Leaving Certificate Examination (including Day School Certificate (Higher) General paper), 1933
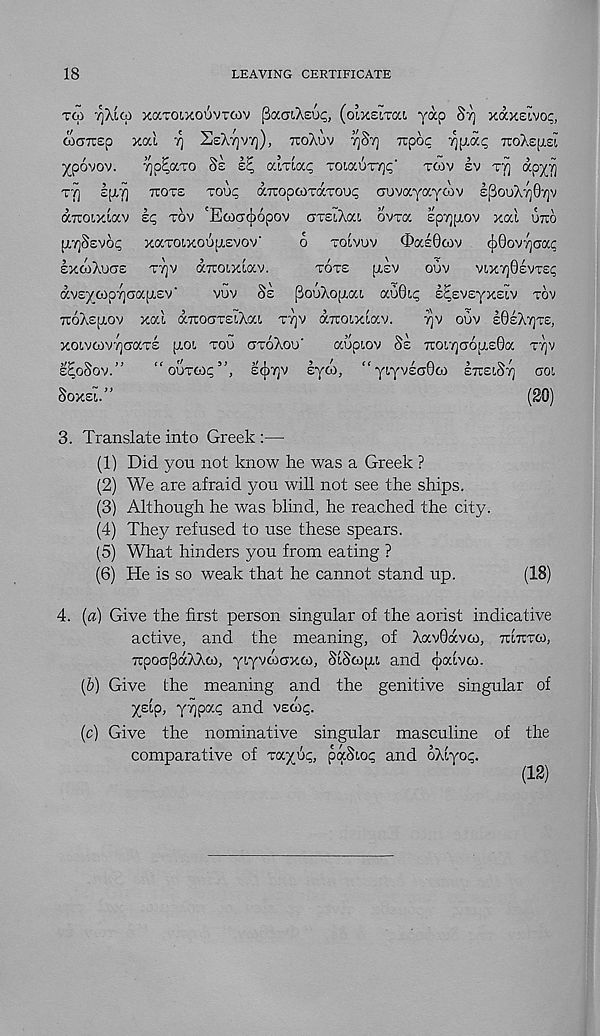
18
LEAVING CERTIFICATE
TGI '/^/ico XOCTOIXOUVTGIV fiaaiAcu^, (oiXoLTcci yap Sy xaxeivop,
&aizep xal ^ ScAyvy), TTOAUV
rcpoc ^p,ai; 7ro>.ep.£t
ypovov.
yp^axo Ss
aixia^ TOiauTY]^"
TGIV ev xy apyij
xy IpiT] Ttoxs xout; aTrop&ixaxou? auvayaycov £[3ouXy07]v
a7rot,xLav sq xov 'EGiGcjiopov axeiXai ovxa epyjpiov xal OTTO
ptTjSEVOi;
xaxoLxouu.£vov'
6
xolvuv
^aEGcov
(iQovrjCTac
EXGIXUCTE
XT]V
aTcotxlav.
TOTE
[LEV
ouv
VLXTJGEVXEI;
dv£yG)p"/]CTa[j,£v'
vuv Sz PouXo(j,aL au0!,^ E^svsyxEiv xov
rcoXspiov xal aTtoaxEiXat, XT]V duoixlav.
T^V OUV EBEXTJXE,
xoivGivTjaaxs p.01 xou oxoXou'
aupiov Sz 7toi'/]a6[i,E0a xvjv
E^OSOV.”
“ouxtop”, E(j)7]V Eyoi, “ yiyvsaGoi ETCEIST] aoi
SOXEU”
(20)
3. Translate into Greek :—
(1) Did you not know he was a Greek ?
(2) We are afraid you will not see the ships.
(3) Although he was blind, he reached the city.
(4) They refused to use these spears.
(5) What hinders you from eating ?
(6) He is so weak that he cannot stand up.
(18)
4. (a) Give the first person singular of the aorist indicative
active, and the meaning, of Xav0dvco, TUTTTG),
TrpoapdXXo), yiyvoiaxo), SlScopt, and cjiouvGL
(&) Give the meaning and the genitive singular of
yslp, y/jpac and VEG>^.
(c) Give the nominative singular masculine of the
comparative of xayu^, paSio^ and oXlyoc
(12)